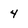
Character: 4